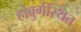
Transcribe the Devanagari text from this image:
हांबुर्गस्थित